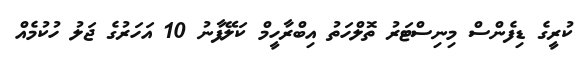
ކުރީގެ ޑިފެންސް މިނިސްޓަރު ތޮލްހަތު އިބްރާހީމް ކަލޭފާނު 10 އަހަރުގެ ޖަލު ހުކުމެއް